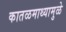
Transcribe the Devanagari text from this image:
कातळमाथ्यामुळे